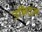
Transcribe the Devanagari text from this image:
उन्निदन